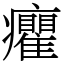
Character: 癯